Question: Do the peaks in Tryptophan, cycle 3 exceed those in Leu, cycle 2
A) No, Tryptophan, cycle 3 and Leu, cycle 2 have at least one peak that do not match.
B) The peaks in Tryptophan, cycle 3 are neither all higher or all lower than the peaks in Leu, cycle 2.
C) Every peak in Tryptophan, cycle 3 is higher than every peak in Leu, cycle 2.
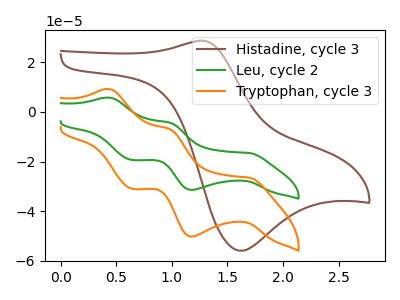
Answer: <think>The brown curve "Histadine, cycle 3" has an anodic peak at (1.30V, 28.70uA) and a cathodic peak at (1.60V, -55.90uA). The green curve "Leu, cycle 2" has anodic peaks at (0.45V, 5.80uA) (1.00V, -4.30uA) and cathodic peaks at (1.70V, -16.55uA) (1.20V, -31.35uA) (0.65V, -19.35uA). The orange curve "Tryptophan, cycle 3" has anodic peaks at (0.45V, 9.25uA) (1.00V, -6.85uA) and cathodic peaks at (1.70V, -26.45uA) (1.20V, -50.20uA) (0.65V, -30.95uA).</think>
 <answer>B) The peaks in "Tryptophan, cycle 3" are neither all higher or all lower than the peaks in "Leu, cycle 2".</answer>
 <eval>B</eval>